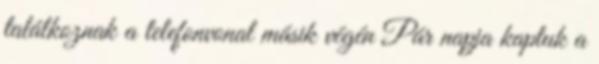
találkoznak a telefonvonal másik végén Pár napja kaptuk a